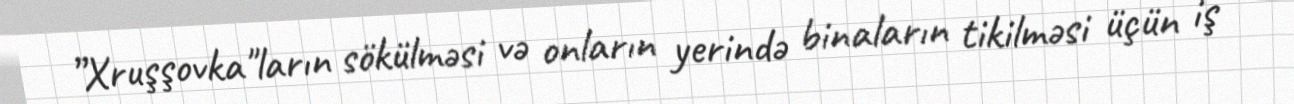
”Xruşşovka"ların sökülməsi və onların yerində binaların tikilməsi üçün iş